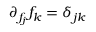
\partial _ { f _ { j } } f _ { k } = \delta _ { j k }